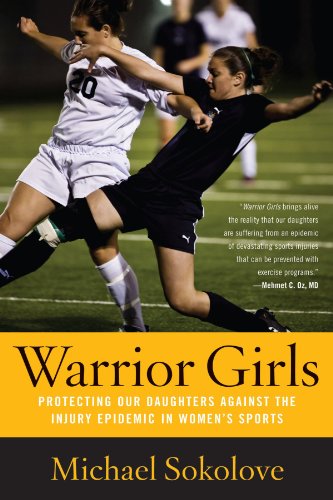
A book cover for Warrior Girls: Protecting Our Daughters Against the Injury Epidemic in Women's Sports; Michael Sokolove; Sports & Outdoors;